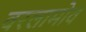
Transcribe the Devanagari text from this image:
वरलामोव